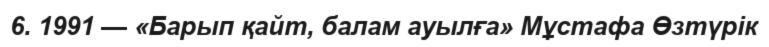
6. 1991 — «Барып қайт, балам ауылға» Мұстафа Өзтүрiк